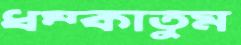
ধম্‌কাতুম